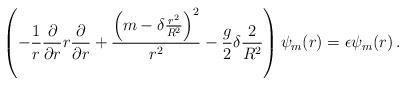
LaTeX: \begin{align*}\left(-{1\over r}{\partial\over\partial r}r{\partial\over\partial r} + { \left( m-\delta {r^2\over R^2} \right)^2 \over r^2} - {g\over 2}\delta {2\over R^2}\right) \psi_m(r)=\epsilon \psi_m(r)\,.\end{align*}